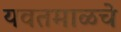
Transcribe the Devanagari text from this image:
यवतमाळचे